Newspaper: The Emporia news. [volume]
Place of publication: Emporia, Kan.
Publisher: Jacob Stotler
Date: 1870-11-04 00:00:00
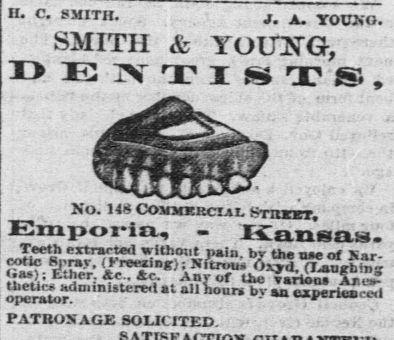
Advertisement text (OCR):
H. C. SMITH. , J. A. TOCKO. SMITH & YOUXG, No. U CoarxKRcxAi. Stiirt. Emporia, - Kansas. Teeth extracted without pain, bv the tine of Kar cptic Spray. (Kreexiag:); N.W. 6xd. (Irbi s a); Ether. c. Ac Anr ut tk J.riL. tlietins administered at all hours bv an Un.rii operator. PATRONAGE SOLICITED. -. ;
Label: illustrations